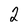
Character: 2